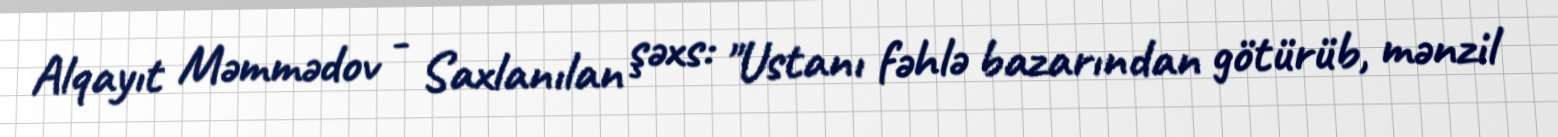
Alqayıt Məmmədov - Saxlanılan şəxs: "Ustanı fəhlə bazarından götürüb, mənzil